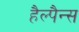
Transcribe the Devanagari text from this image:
हैल्पैन्स